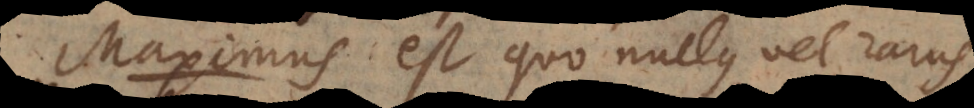
Maximus est quo nullus vel rarus